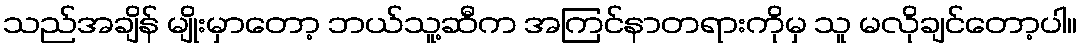
သည်အချိန် မျိုးမှာတော့ ဘယ်သူ့ဆီက အကြင်နာတရားကိုမှ သူ မလိုချင်တော့ပါ။